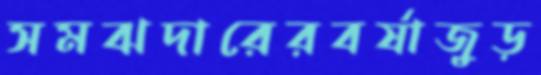
সমঝদারেরবর্ষাজুড়